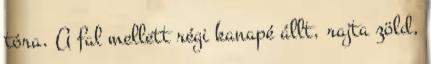
tóra. A fal mellett régi kanapé állt, rajta zöld,